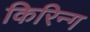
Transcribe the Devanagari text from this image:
किरिन्ग